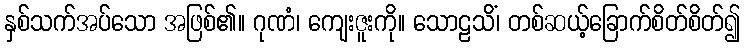
နှစ်သက်အပ်သော အဖြစ်၏။ ဂုဏံ၊ ကျေးဇူးကို။ သောဠသိံ၊ တစ်ဆယ့်ခြောက်စိတ်စိတ်၍